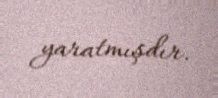
yaratmışdır.